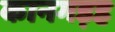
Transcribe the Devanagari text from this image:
कानगड़ह